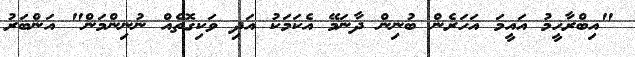
"އިބްރާހީމު އައީމަ އަހަރެން ބުނިން ދާނަމޭ އެކަމަކު އަދި ވަކިގޮތެއް ނުނިންމަން" އަންބަރު